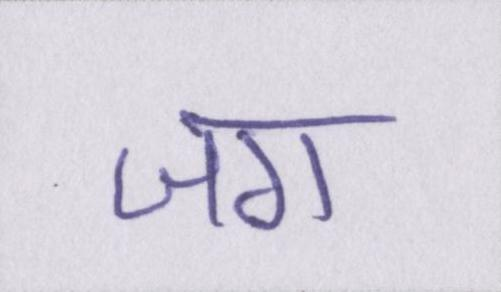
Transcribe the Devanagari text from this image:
जग